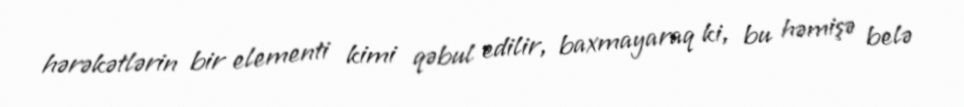
hərəkətlərin bir elementi kimi qəbul edilir, baxmayaraq ki, bu həmişə belə